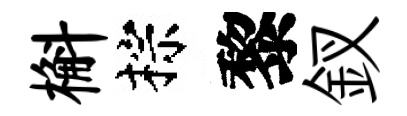
槲棕黎釵